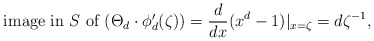
\begin{align*} \mbox{ image in $S$ of $(\Theta_d \cdot \phi_d'(\zeta))$} = \frac{d}{dx} (x^d-1) |_{x=\zeta} = d \zeta^{-1}, \end{align*}